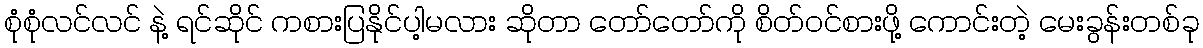
စုံစုံလင်လင် နဲ့ ရင်ဆိုင် ကစားပြနိုင်ပါ့မလား ဆိုတာ တော်တော်ကို စိတ်ဝင်စားဖို့ ကောင်းတဲ့ မေးခွန်းတစ်ခု